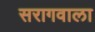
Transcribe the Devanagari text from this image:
सरागवाला